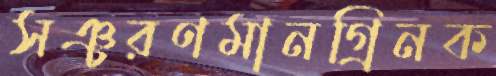
সঞ্চরণমানগ্রিনক